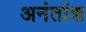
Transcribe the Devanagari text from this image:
अनंतांश